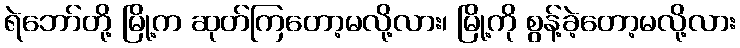
ရဲဘော်တို့ မြို့က ဆုတ်ကြတော့မလို့လား၊ မြို့ကို စွန့်ခဲ့တော့မလို့လား